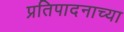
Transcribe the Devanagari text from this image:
प्रतिपादनाच्या